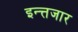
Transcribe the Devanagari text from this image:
इन्त्तजार